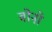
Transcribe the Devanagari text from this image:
वोनो